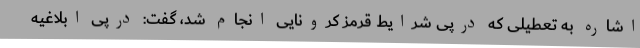
اشاره به تعطیلی که درپی شرایط قرمز کرونایی انجام شد، گفت: درپی ابلاغیه